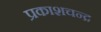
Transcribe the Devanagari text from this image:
प्रकाशचन्द्र